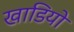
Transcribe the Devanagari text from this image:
खाडियो